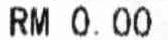
RM 0.00